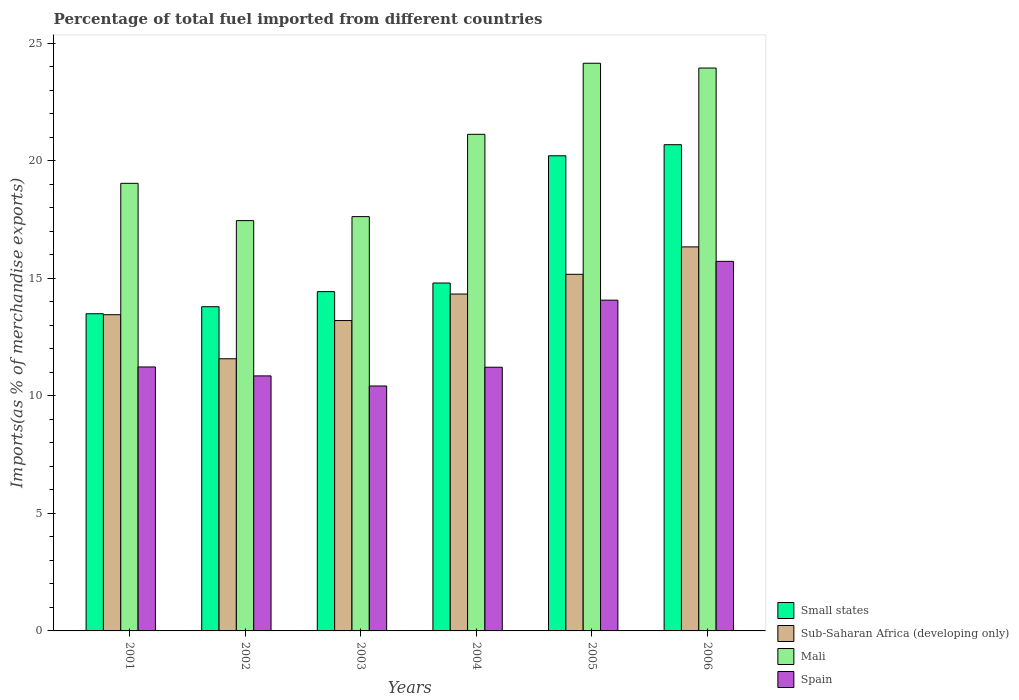
| Years | Small states | Sub-Saharan Africa (developing only) | Mali | Spain |
 | --- | --- | --- | --- | --- |
 | 2001 | 13.5 | 13.5 | 19 | 11.2 |
 | 2002 | 13.8 | 11.6 | 17.5 | 10.9 |
 | 2003 | 14.4 | 13.2 | 17.6 | 10.4 |
 | 2004 | 14.8 | 14.3 | 21.1 | 11.2 |
 | 2005 | 20.2 | 15.2 | 24.2 | 14.1 |
 | 2006 | 20.7 | 16.3 | 24 | 15.7 |